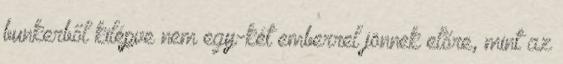
bunkerből kilépve nem egy-két emberrel jönnek előre, mint az